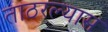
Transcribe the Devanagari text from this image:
ताठरल्यास